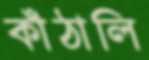
কাঁঠালি